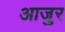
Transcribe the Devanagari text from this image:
आजुर